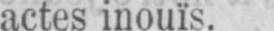
actes inouïs.